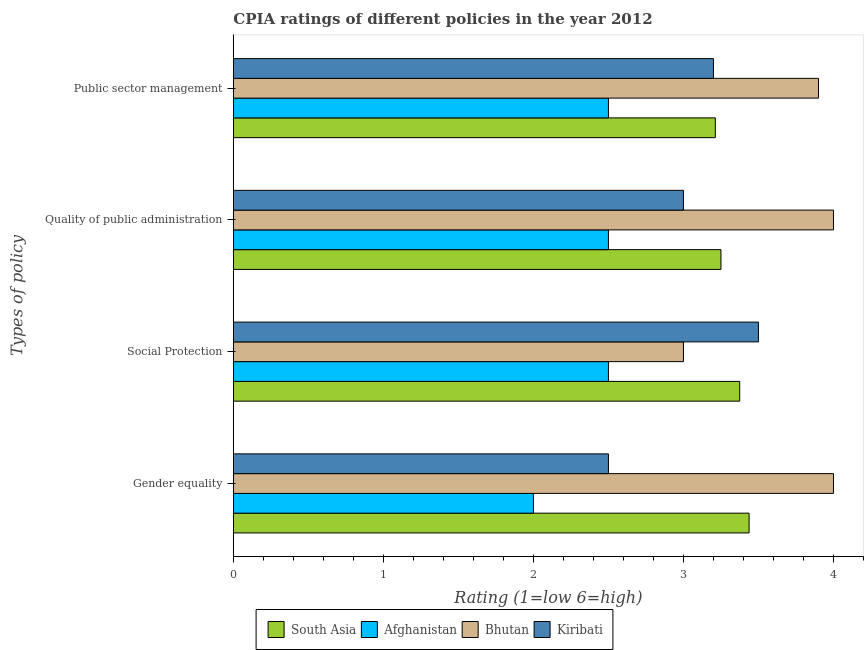
| Types of policy | South Asia | Afghanistan | Bhutan | Kiribati |
 | --- | --- | --- | --- | --- |
 | Gender equality | 3.44 | 2 | 4 | 2.5 |
 | Social Protection | 3.38 | 2.5 | 3 | 3.5 |
 | Quality of public administration | 3.25 | 2.5 | 4 | 3 |
 | Public sector management | 3.21 | 2.5 | 3.9 | 3.2 |